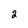
Character: 2